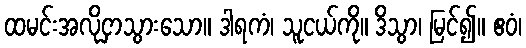
ထမင်းအလိုငှာသွားသော။ ဒါရကံ၊ သူငယ်ကို။ ဒိသွာ၊ မြင်၍။ ဧဝံ၊